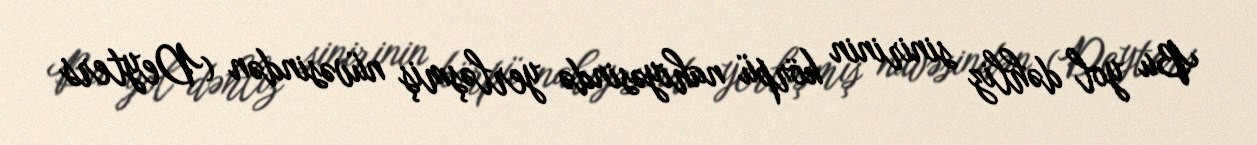
Bu yol dəhliz sinirinin körpü nahiyəsində yerləşmiş nüvəsindən (Deyters